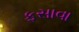
ફસાવા